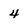
Character: 4